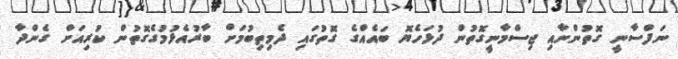
ނަފްސާނީ ގޮތުންނާއި ޖިސްމާނީގޮތުން ދުޅަހެޔޮ ބައެއްގެ ގޮތުގައި ދެމިތިބުމަށް ބާރުއެޅުމުގެގޮތުން ކުރިއަށް ގެންދާ